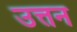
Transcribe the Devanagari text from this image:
उत्तन